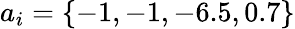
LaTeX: a_{i}=\{ -1,-1,-6.5,0.7\}